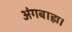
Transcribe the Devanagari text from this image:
अंगबाह्म।